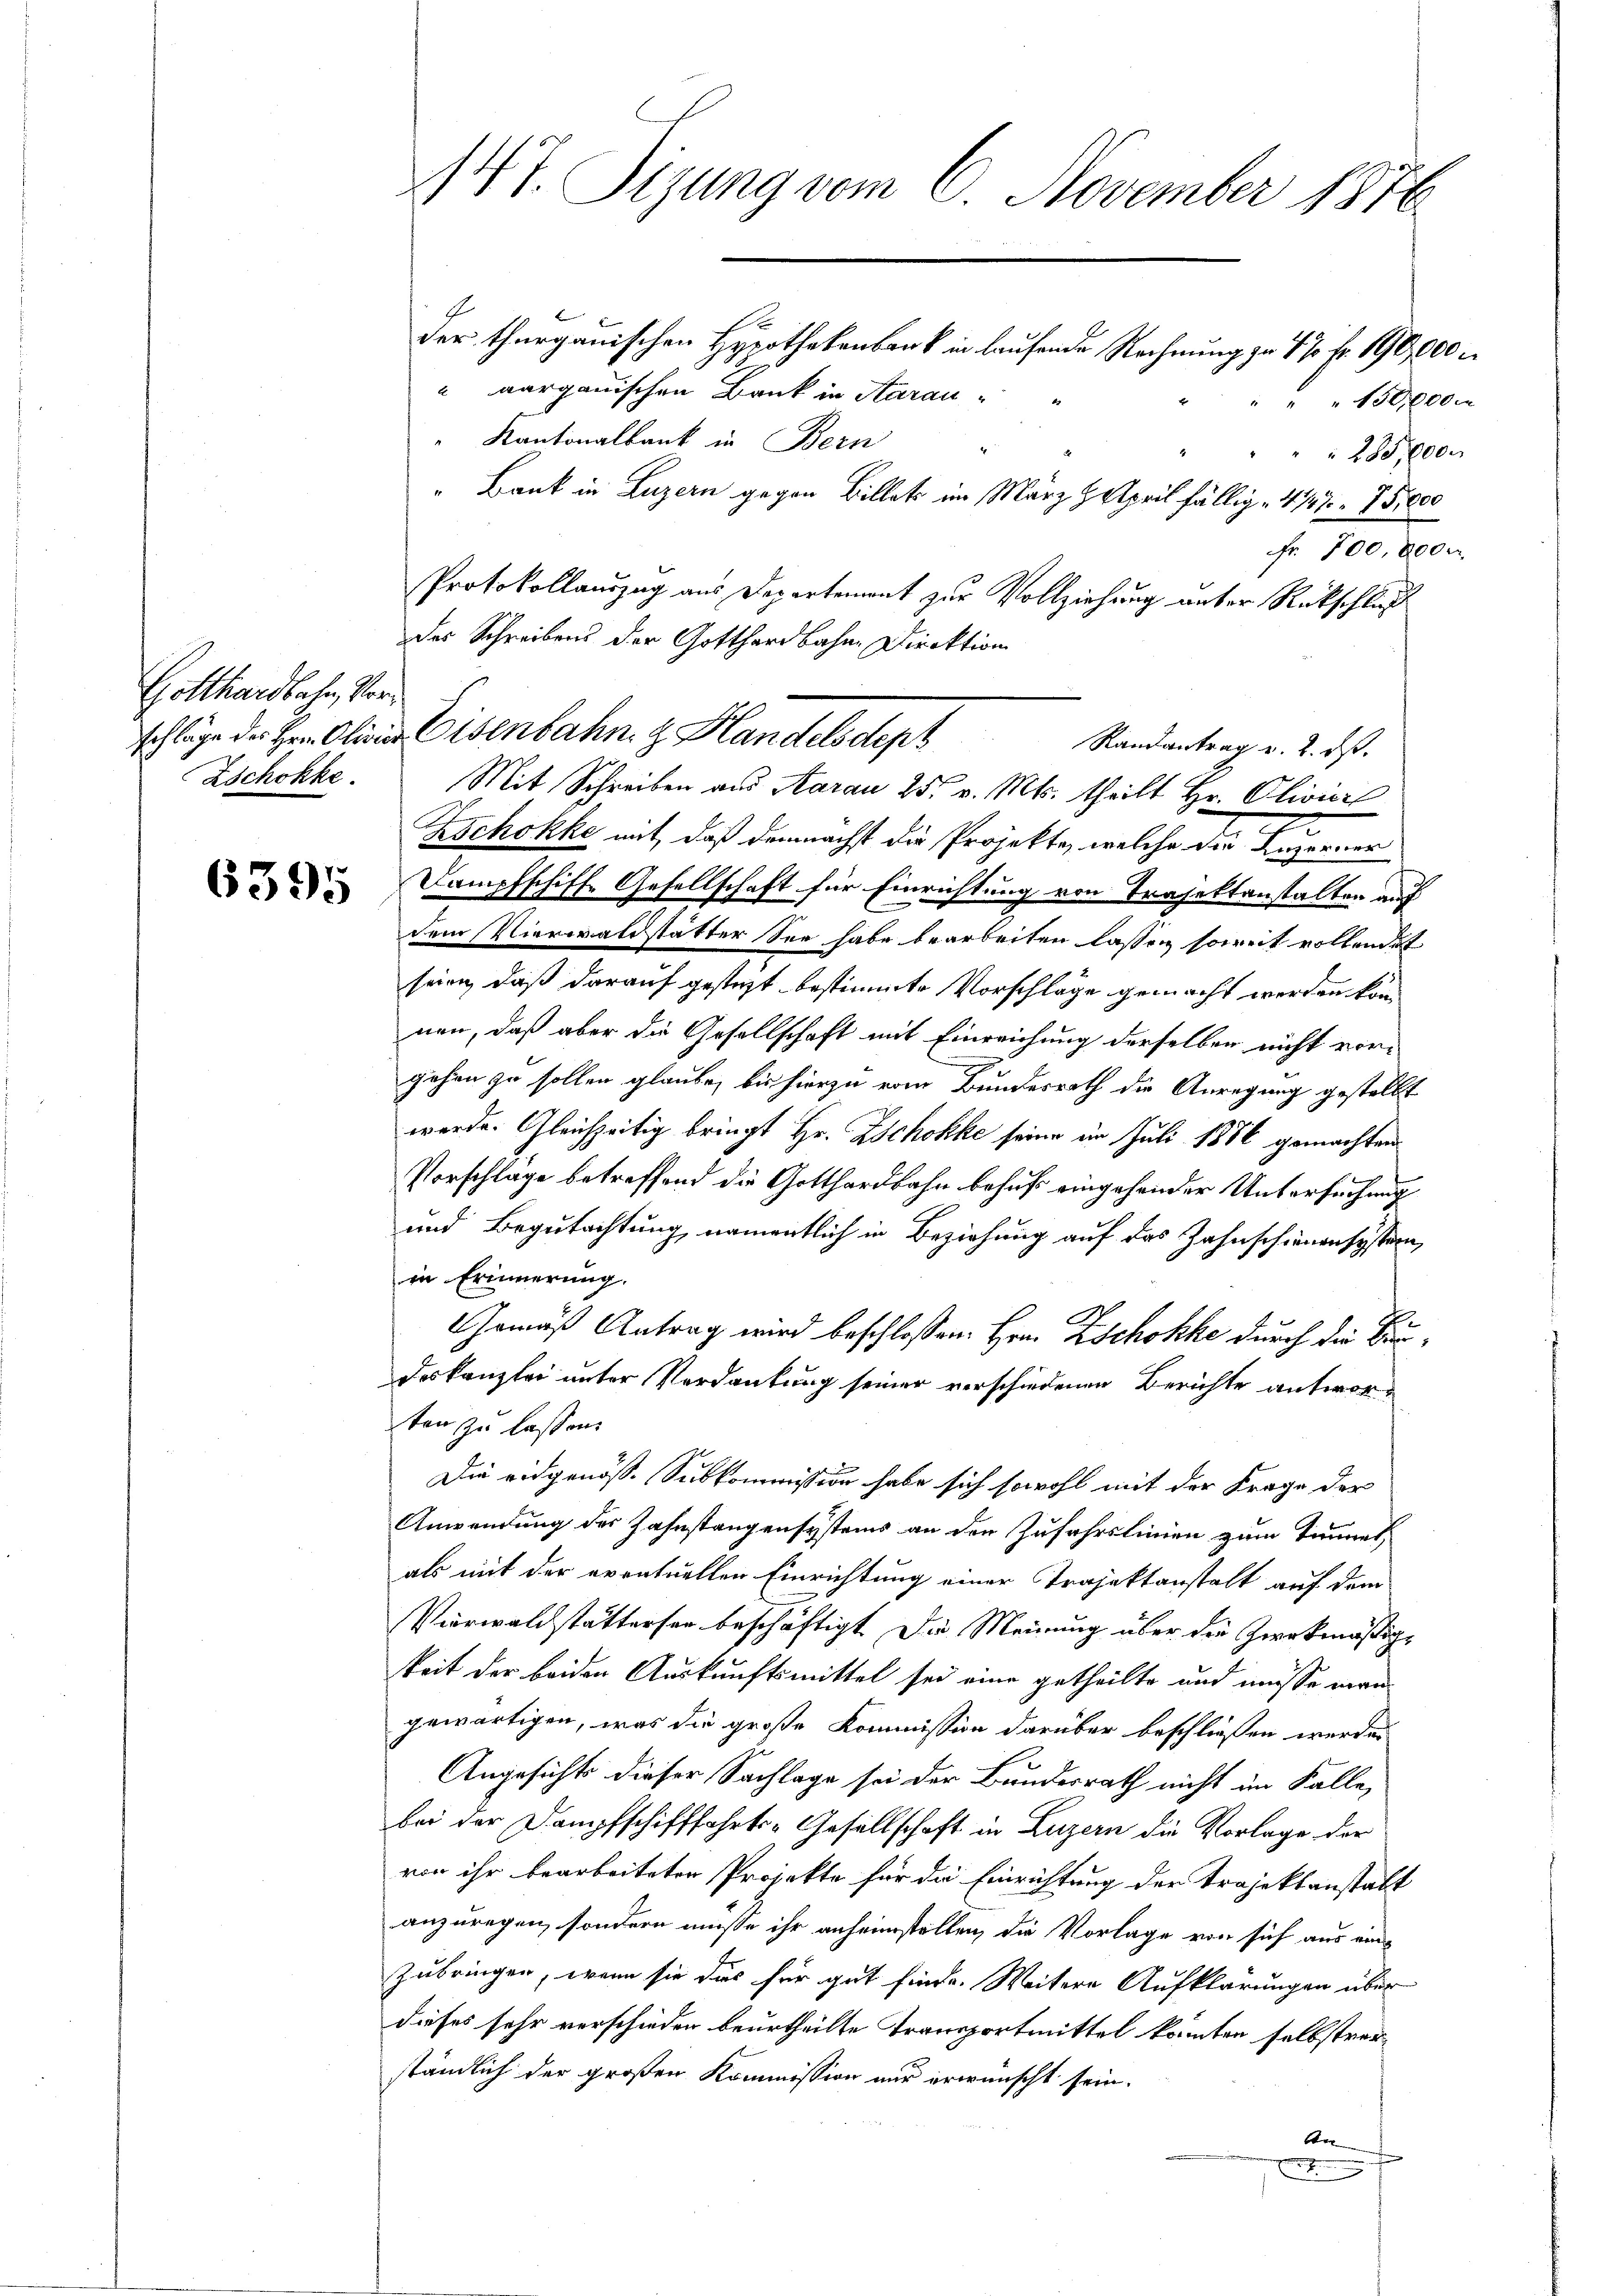
Gotthardbahn, Vor¬
Zschokke.

6395

der thurgauischen Hypothekenbank in laufende Rechnung zu 77 fr. 190,000 M
 aargauischen Bruck in Aarau-
" " " 150,000 M
Kantonalbank in Bern
280,000.
" Bank in Luzern gegen Billet im März Halpeil fällig . 4122 - 7 Piece
Fr. 700, 8000.
Protokollauszug aus Departement zur Vollziehung unter Rückschluß
des Schreibens der Gotthardbahne Direktion
schläge der Hrn. Olivier Eisenbahn. z. Handelsdept
Mit Schreiben aus Aarau 25. v. Mts. theilt Hr. Olivici
Zschokke mit, daß demnächst die Projekte, welche die Luzerner
Dampfschiff, Gesellschaft für Einrichtung von Trasettanstalten auf
dem Vierwaldstätter See habe bearbeiten lassen soweit vollendet
seien, daß darauf gesteht bestimmte Vorschläge gemacht werden konn
nen, daß aber die Gesellschaft mit Einreichung derselben nicht vorgehen zu sollen glaube, bis hierzu vom Bundesrath die Anregung gestellt
werde. Gleichzeitig bringt Hr. Zschokke seine im Juli 1886 gemachten
Vorschlage betreffend die Gotthardbahn behuf eingehender Untersuchung
und Begutachtung, namentlich in Beziehung auf das Zahnschienensystern,
in Erinnerung.
Gemäß Antrag wird beschloßen: Hrn. Zschokke durch die Baudeskanzlei unter Verdankung seiner verschiedenen Berichte antworten zu lassen.
Die eidgenöß. Subkommission habe sich sowohl mit der Frage der
Anwendung der Zahnstangensystems an den Zufahrslinien zum Temmel,
als mit der eventuellen Einrichtung einer Projektanstalt auf dem
Vierwaldstätterser beschäftigt. Die Meinung über die Zweckmäßigkeit der beiden Auskunftsmittel sei eine getheilte und müsse man
gewärtigen, was die große Kommission darüber beschließen werden
Angesichte dieser Sachlage sei der Bundesrath nicht im Falle,
bei der Dampfschifffahrts-Gesellschaft in Luzern die Vorlage der
von ihr bearbeiteten Projekte für da Einrichtung der Projektanstalt
anzuregen, sondern müsse ihr anheimstellen, die Vorlage von sich aus eine
Zubringen, wenn sie das für gut finde. Weitere Aufklärungen über
dieses sehr verschieden beurtheilte Transportmittel konnten selbstverständlich der großen Kommission nur erwünscht sein.
be

147. Sizung vom 6. November 1876

Randantrag v. 2. ds.